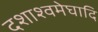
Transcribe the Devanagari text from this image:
दशाश्वमेघादि